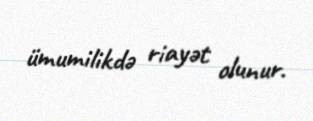
ümumilikdə riayət olunur.